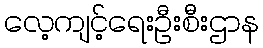
လေ့ကျင့်ရေးဦးစီးဌာန